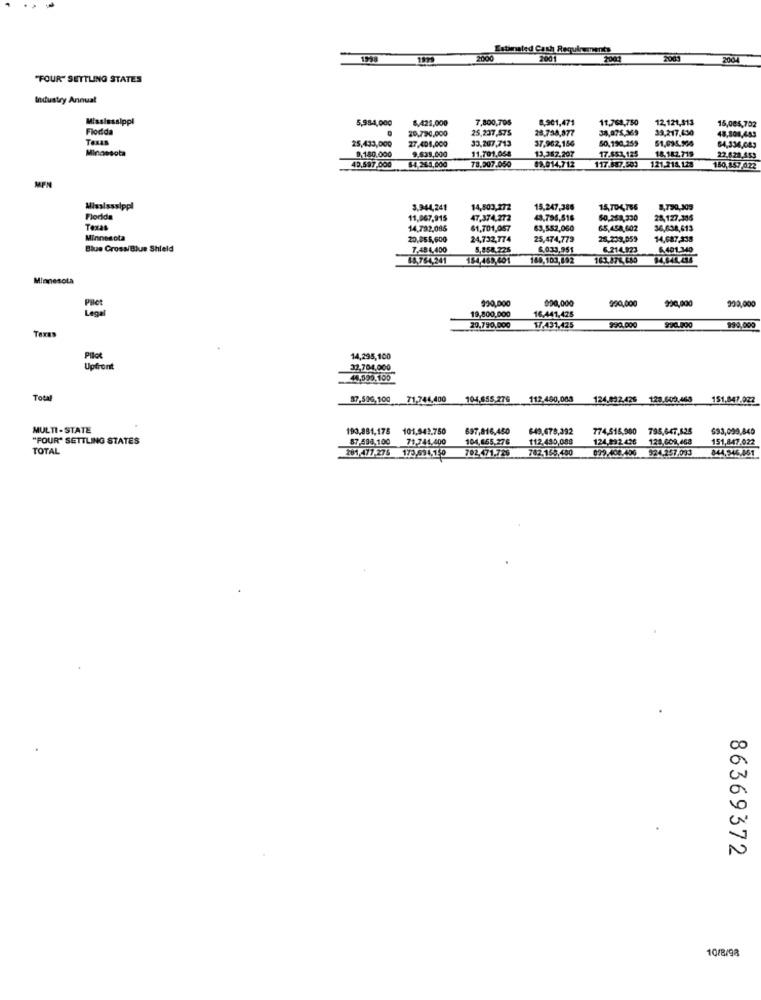
Estimated Cash Requirements
1998
2000
2:001
2001
2004
"FOUR" SETTLING STATES
Industry Annual
Mississippi
5,984,000
6,425,000
7,800,705
8,901,471
11,768,750
12,121,313
15,085,752
Flodda
20,790,000
25,237,575
28.754,877
34,075,369
39,217,430
Texas
25,433,000
27,404,000
33,207,713
37,962,154
50,190.259
51,095.904
48,808,483
Minnesota
180.000
9.539,000
11.701.054
17.553.125
18.142.719
64,334,643
$4 243,000
13.367.207
22.628,553
43,597,000
78.907.050
83.014.712
117.887.503
121.218.128
150,157,422
MFN
Mississsippi
3.944,241
14,503,272
15,247,386
15,704,766
8,790,309
Florida
11,067,915
47.374.272
43,795,516
50,258,330
28,127.386
Texas
14,792,086
$1,701,057
63,552,060
65,458,602
36,638,613
Minnesota
20.055,600
24,732,774
25,474,779
26.233,059
14.087,338
Blue Cross/Blue Shield
7.484.400
5,858 226
6.033,95$
6.214.923
6.401.340
18,764,241
184,455,601
169,103,692
163,87%, 685
Minnesota
930,000
000,000
900,000
19,800,000
16.441.425
990,000
900,000
990.000
990.000
Taxas
20.790.000
17.431,425
999,000
Pilot
14,295,100
Upfront
32,704,000
44,995.100
Total
87,506,100 71,744,400
104,655.275
112.480,083
124.032.426 123.602.463 151,847.072
MULTI-STATE
193.881,175 101,943.750
101.943.750
697,816,450
649,678,392
774,515,950 795,647,625
693,099,840
"FOUR" SETTLING STATES
87.598.100 71.744.400
104,655.276
112.430,088
124,992.426 128,609,468
128,609,468
151,847.022
TOTAL
281,477-275 173.594.150
702.471.726
782.159.450
099.108.106 924.257.093
0-44,546.461
86369372
10/8/98